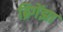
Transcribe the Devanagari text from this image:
ब्रिगेंझा